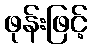
ဖုန်းဖြင့်